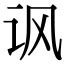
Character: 讽